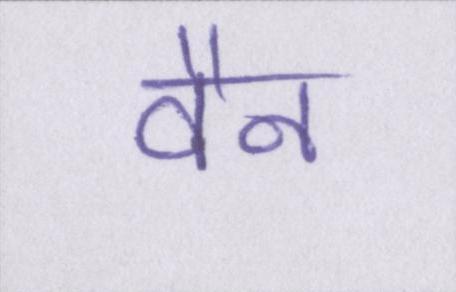
वैन